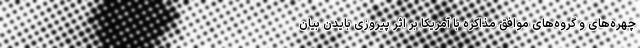
چهره‌های و گروه‌های موافق مذاکره با آمریکا بر اثر پیروزی بایدن بیان